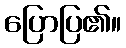
ပြောပြ၏။